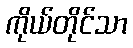
ကိုယ်တိုင်သာ